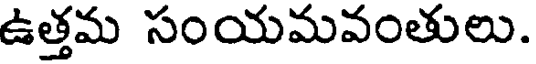
ఉత్తమ సంయమవంతులు.